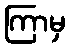
ကြာမှ